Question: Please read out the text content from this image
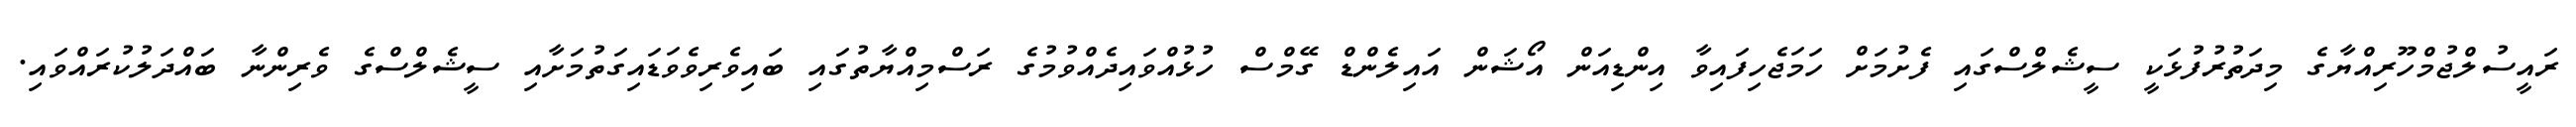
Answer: ރައީސުލްޖުމްހޫރިއްޔާގެ މިދަތުރުފުޅަކީ ސީޝެލްސްގައި ފެށުމަށް ހަމަޖެހިފައިވާ އިންޑިއަން އޯޝަން އައިލެންޑް ގޭމްސް ހުޅުއްވައިދެއްވުމުގެ ރަސްމިއްޔާތުގައި ބައިވެރިވެވަޑައިގަތުމަށާއި ސީޝެލްސްގެ ވެރިންނާ ބައްދަލުކުރައްވައި.